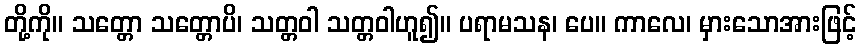
တို့ကို။ သတ္တော သတ္တောပိ၊ သတ္တဝါ သတ္တဝါဟူ၍။ ပရာမသန၊ ပေ။ ကာလေ၊ မှားသောအားဖြင့်